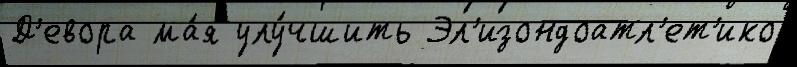
Д'евора ма́я улу́чшить Эл'изондоатл'ет'ико